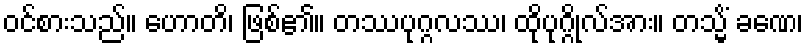
ဝင်စားသည်။ ဟောတိ၊ ဖြစ်၏။ တဿပုဂ္ဂလဿ၊ ထိုပုဂ္ဂိုလ်အား။ တသ္မိံ ခဏေ၊